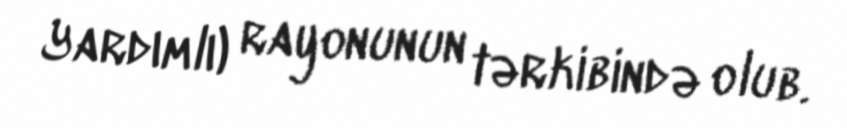
Yardımlı) rayonunun tərkibində olub.